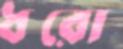
ধরো